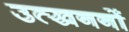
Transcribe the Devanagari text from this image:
उत्‍खननों